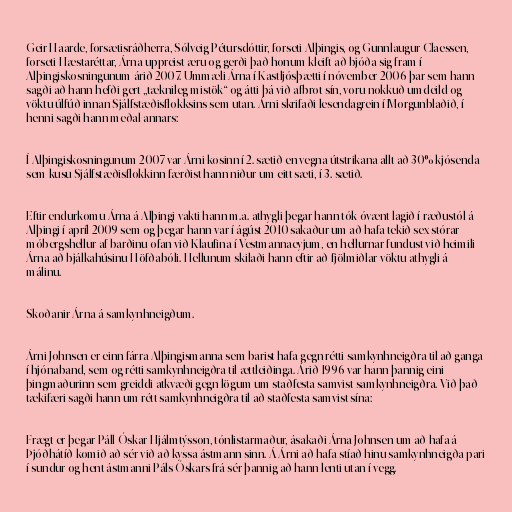
Geir Haarde, forsætisráðherra, Sólveig Pétursdóttir, forseti Alþingis, og Gunnlaugur Claessen,
forseti Hæstaréttar, Árna uppreist æru og gerði það honum kleift að bjóða sig fram í
Alþingiskosningunum árið 2007. Ummæli Árna í Kastljósþætti í nóvember 2006 þar sem hann
sagði að hann hefði gert „tæknileg mistök“ og átti þá við afbrot sín, voru nokkuð umdeild og
vöktu úlfúð innan Sjálfstæðisflokksins sem utan. Árni skrifaði lesendagrein í Morgunblaðið, í
henni sagði hann meðal annars:

Í Alþingiskosningunum 2007 var Árni kosinn í 2. sætið en vegna útstrikana allt að 30% kjósenda
sem kusu Sjálfstæðisflokkinn færðist hann niður um eitt sæti, í 3. sætið.

Eftir endurkomu Árna á Alþingi vakti hann m.a. athygli þegar hann tók óvænt lagið í ræðustól á
Alþingi í apríl 2009 sem og þegar hann var í ágúst 2010 sakaður um að hafa tekið sex stórar
móbergshellur af barðinu ofan við Klaufina í Vestmannaeyjum, en hellurnar fundust við heimili
Árna að bjálkahúsinu Höfðabóli. Hellunum skilaði hann eftir að fjölmiðlar vöktu athygli á
málinu.

Skoðanir Árna á samkynhneigðum.

Árni Johnsen er einn fárra Alþingismanna sem barist hafa gegn rétti samkynhneigðra til að ganga
í hjónaband, sem og rétti samkynhneigðra til ættleiðinga. Árið 1996 var hann þannig eini
þingmaðurinn sem greiddi atkvæði gegn lögum um staðfesta samvist samkynhneigðra. Við það
tækifæri sagði hann um rétt samkynhneigðra til að staðfesta samvist sína:

Frægt er þegar Páll Óskar Hjálmtýsson, tónlistarmaður, ásakaði Árna Johnsen um að hafa á
Þjóðhátíð komið að sér við að kyssa ástmann sinn. Á Árni að hafa stíað hinu samkynhneigða pari
í sundur og hent ástmanni Páls Óskars frá sér þannig að hann lenti utan í vegg.